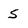
Character: 5